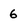
Character: 6